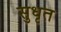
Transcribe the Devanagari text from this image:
सुधृत